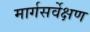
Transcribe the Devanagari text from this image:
मार्गसर्वेक्षण